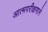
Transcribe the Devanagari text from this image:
आत्मपरीक्षणाने